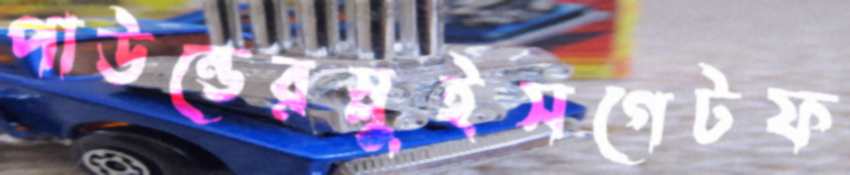
পাউন্ডেরস্লুইসগেটফ